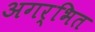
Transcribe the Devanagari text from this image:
अगर्भित